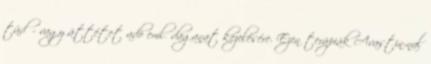
tüdő- vagy áttétet adó emlődaganat kezelésére. Ezen terápiák Avastin-nal